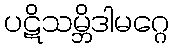
ပဋိသမ္ဘိဒါမဂ္ဂေ